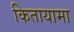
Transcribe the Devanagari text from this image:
कितायामा